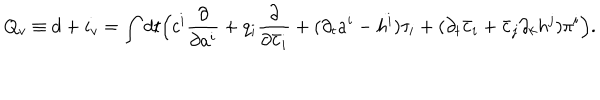
LaTeX: Q _ { v } \equiv d + i _ { v } = \int d t \Bigl ( c ^ { i } \frac { \partial } { \partial a ^ { i } } + q _ { i } \frac { \partial } { \partial \bar { c } _ { i } } + ( \partial _ { t } a ^ { i } - h ^ { i } ) \tau _ { i } + ( \partial _ { t } \bar { c } _ { i } + \bar { c } _ { j } \partial _ { k } h ^ { j } ) \pi ^ { i } \Bigr ) .